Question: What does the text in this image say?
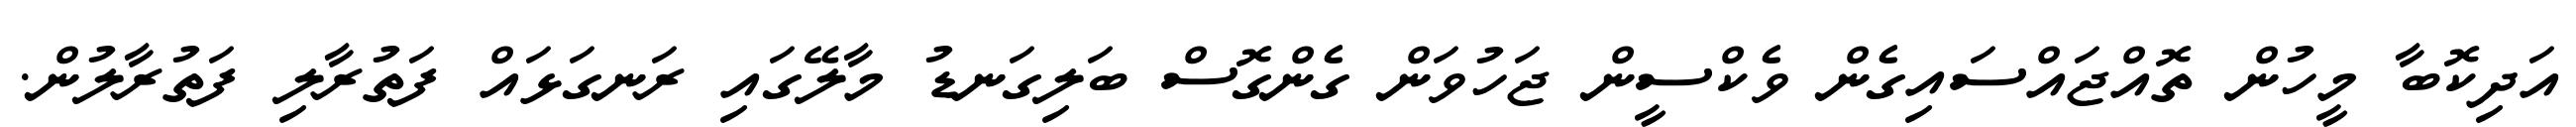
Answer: އަދިކޮބާ މީހުން ތޮއްޖައްސައިގެން ވެކްސީން ޖަހުވަން ގެންގޮސް ބަލިގަނޑު މާލޭގައި ރަނގަޅައް ފަތުރާލި ފަތުރާލުން.